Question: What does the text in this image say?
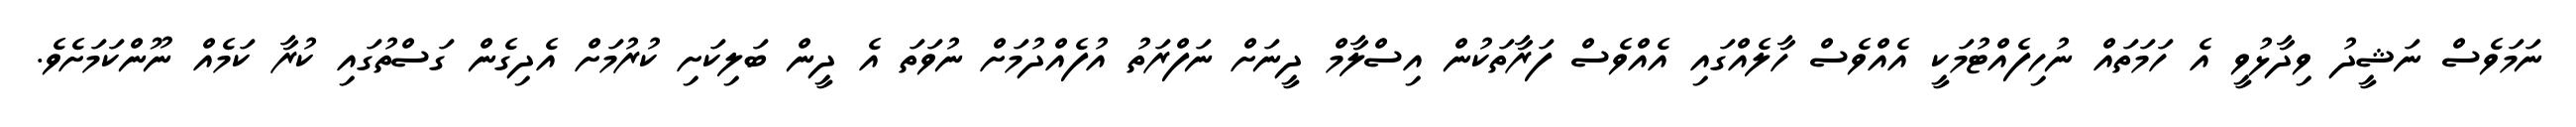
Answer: ނަމަވެސް ނަޝީދު ވިދާޅުވީ އެ ހަމަތައް ނުހިފެއްޓުމަކީ އެއްވެސް ހާލެއްގައި އެއްވެސް ފަރާތަކުން އިސްލާމް ދީނަށް ނަފްރަތު އުފެއްދުމަށް ނުވަތަ އެ ދީން ބަލިކަށި ކުރުމަށް އެދިގެން ގަސްތުގައި ކުރާ ކަމެއް ނޫންކަމަށެވެ.